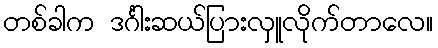
တစ်ခါက ဒင်္ဂါးဆယ်ပြားလှူလိုက်တာလေ။